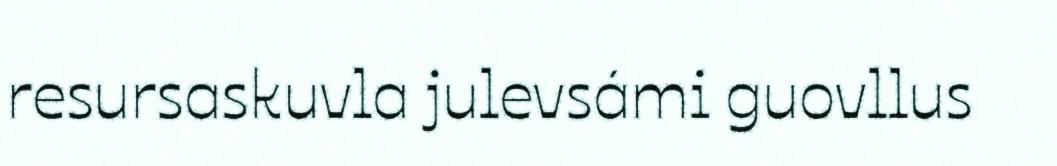
resursaskuvla julevsámi guovllus